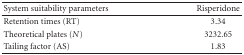
<table><thead><tr><td><b>System suitability parameters</b></td><td><b>Risperidone</b></td></tr></thead><tbody><tr><td>Retention times (RT)</td><td>3.34</td></tr><tr><td>Theoretical plates (<i>N</i>)</td><td>3232.65</td></tr><tr><td>Tailing factor (AS)</td><td>1.83</td></tr></tbody></table>